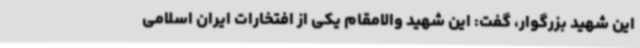
این شهید بزرگوار، گفت: این شهید والامقام یکی از افتخارات ایران اسلامی